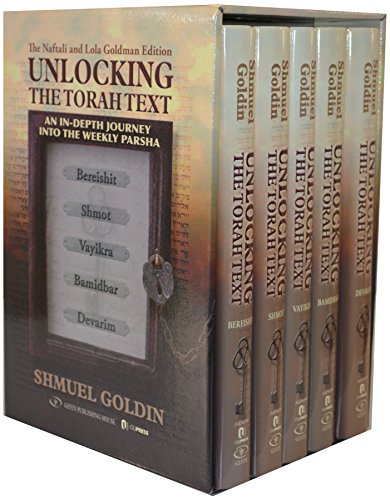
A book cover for Unlocking the Torah Text: Five Book Set; Rabbi Shmuel Goldin; Religion & Spirituality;